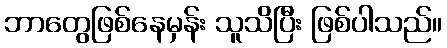
ဘာတွေဖြစ်နေမှန်း သူသိပြီး ဖြစ်ပါသည်။